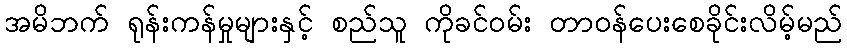
အမိဘက် ရုန်းကန်မှုများနှင့် စည်သူ ကိုခင်ဝမ်း တာဝန်ပေးစေခိုင်းလိမ့်မည်